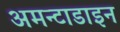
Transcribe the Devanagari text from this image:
अमन्टाडाइन